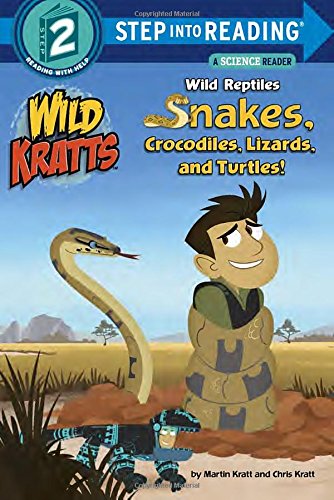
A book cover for Wild Reptiles: Snakes, Crocodiles, Lizards, and Turtles (Wild Kratts) (Step into Reading); Chris Kratt; Children's Books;